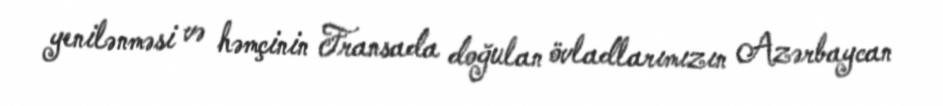
yenilənməsi və həmçinin Fransada doğulan övladlarımızın Azərbaycan